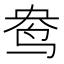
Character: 鸯